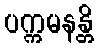
ပက္ကမနန္တိ